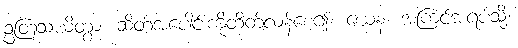
ဥတြသယိတွာ၊ ဆိတ်အပေါင်းကိုထိတ်လန့်စေ၍။ ယေန၊ အကြင်အရပ်သို့။